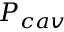
P _ { c a v }